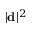
| { \bf d } | ^ { 2 }